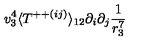
v _ { 3 } ^ { 4 } \langle T ^ { + + ( i j ) } \rangle _ { 1 2 } \partial _ { i } \partial _ { j } \frac { 1 } { r _ { 3 } ^ { 7 } }